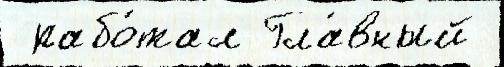
 рабо́тал Гла́вный